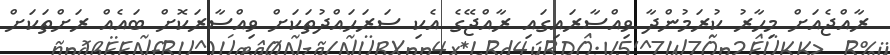
ރާއްޖެއަށް މިހާރު ކުރަމުންދާ ވިއްސާރައިގައި ރާއްޖޭގެ އެކި ސަރަޙައްދުތަކަށް ވިއްސާރަކޮށް ބައެއް ރަށްތަކަށް